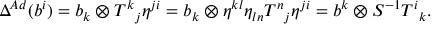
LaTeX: \Delta ^ { A d } ( b ^ { i } ) = b _ { k } \otimes T ^ { k } { } _ { j } \eta ^ { j i } = b _ { k } \otimes \eta ^ { k l } \eta _ { l n } T ^ { n } { } _ { j } \eta ^ { j i } = b ^ { k } \otimes S ^ { - 1 } T ^ { i } { } _ { k } .